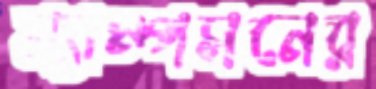
স্যাম্পসনের